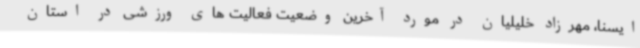
ایسنا، مهرزاد خلیلیان در مورد آخرین وضعیت فعالیت های ورزشی در استان